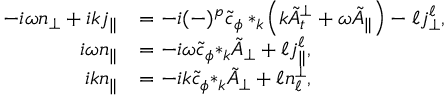
\begin{array} { r l } { - i \omega { n _ { \perp } } + i k { j _ { \| } } } & { = - i ( - ) ^ { p } \tilde { c } _ { \phi } * _ { k } \! \left( k \tilde { A } _ { t } ^ { \perp } + \omega \tilde { A } _ { \| } \right) - \ell { j _ { \perp } ^ { \ell } } , } \\ { i \omega { n } _ { \| } } & { = - i \omega \tilde { c } _ { \phi } { * _ { k } \tilde { A } _ { \perp } } + \ell j _ { \| } ^ { \ell } , } \\ { i k { n _ { \| } } } & { = - i k \tilde { c } _ { \phi } { * _ { k } \tilde { A } _ { \perp } } + \ell { n _ { \ell } ^ { \perp } } , } \end{array}